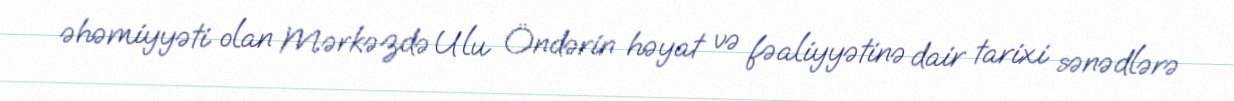
əhəmiyyəti olan Mərkəzdə Ulu Öndərin həyat və fəaliyyətinə dair tarixi sənədlərə